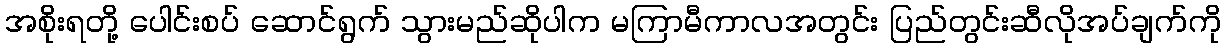
အစိုးရတို့ ပေါင်းစပ် ဆောင်ရွက် သွားမည်ဆိုပါက မကြာမီကာလအတွင်း ပြည်တွင်းဆီလိုအပ်ချက်ကို